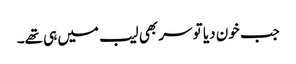
جب خون دیا تو سر بھی لیب میں ہی تھے۔